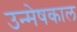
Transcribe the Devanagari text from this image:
उन्मेषकाल